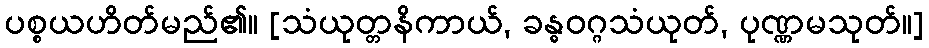
ပစ္စယဟိတ်မည်၏။ [သံယုတ္တနိကာယ်, ခန္ဓဝဂ္ဂသံယုတ်, ပုဏ္ဏမသုတ်။]